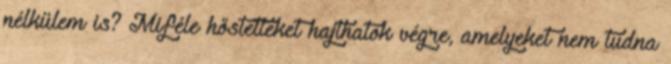
nélkülem is? Miféle hőstetteket hajthatok végre, amelyeket nem tudna